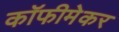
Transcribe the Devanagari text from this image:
कॉफीमेकर